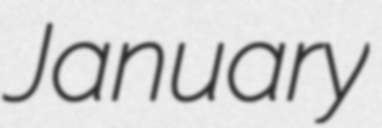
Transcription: January